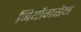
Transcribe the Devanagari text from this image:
जियोंगसेन